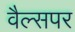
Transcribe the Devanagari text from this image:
वैल्सपर